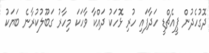
ދޮގުހެދުން ޕީއެޗްޑީ ހަދާފައި ހުރި ޅޮހަކު ދައްކާ ވާހަކަ މިހާރު ގަބޫލުކުރާނެ ބަޔަކު